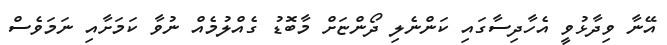
އޭނާ ވިދާޅުވީ އެހާދިސާގައި ކަންނެލި ދޯންޏަށް މާބޮޑު ގެއްލުމެއް ނުވާ ކަމަށާއި ނަމަވެސް